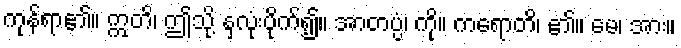
ကုန်ရာ၏။ ဣတိ၊ ဤသို့ နှလုံးပိုက်၍။ အာတပ္ပံ၊ ကို။ ကရောတိ၊ ၏။ မေ၊ အား။